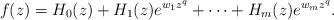
LaTeX: \begin{align*} f(z)=H_0(z)+H_1(z)e^{w_1z^q}+\cdots+H_m(z)e^{w_mz^q}. \end{align*}